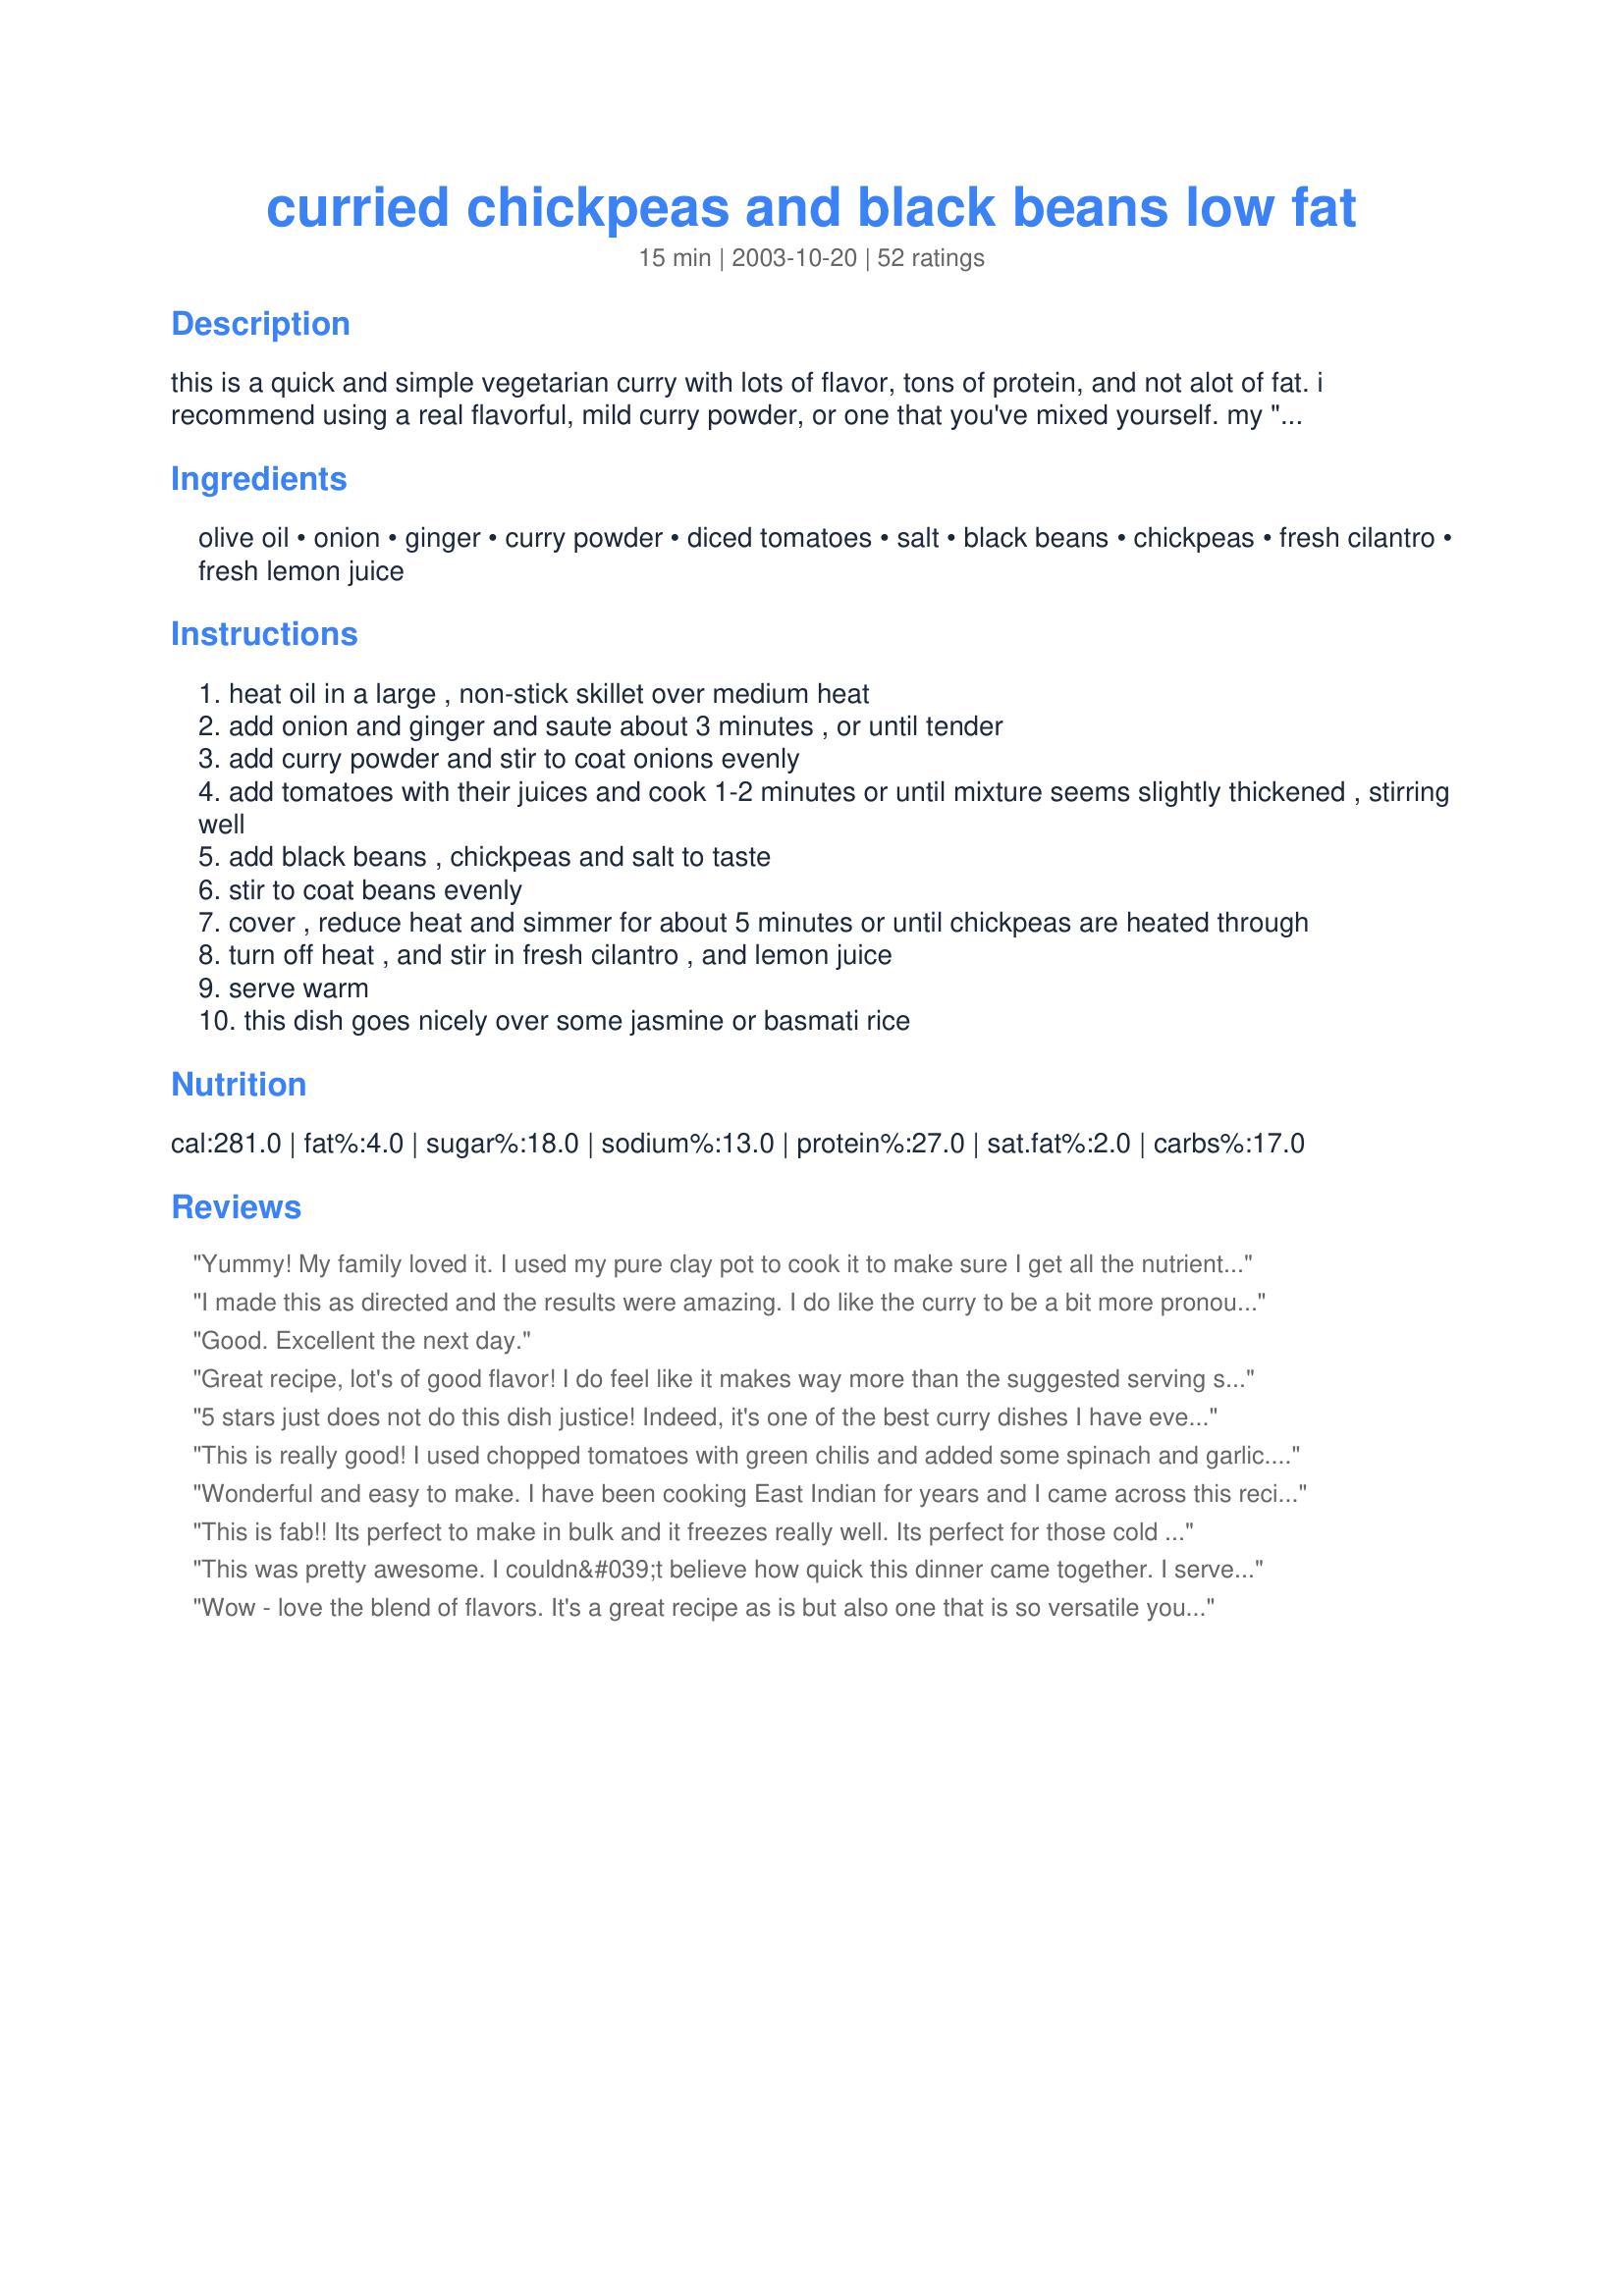
curried chickpeas and black beans low fat
Preparation time: 15 minutes

this is a quick and simple vegetarian curry with lots of flavor, tons of protein, and not alot of fat. i recommend using a real flavorful, mild curry powder, or one that you've mixed yourself. my "simple, sweet and mild curry blend" works well with this dish. however,if you do like heat, feel free to add some cayenne or crushed red pepper to suit your taste.

Ingredients:
olive oil, onion, ginger, curry powder, diced tomatoes, salt, black beans, chickpeas, fresh cilantro, fresh lemon juice

Steps:
heat oil in a large , non-stick skillet over medium heat
add onion and ginger and saute about 3 minutes , or until tender
add curry powder and stir to coat onions evenly
add tomatoes with their juices and cook 1-2 minutes or until mixture seems slightly thickened , stirring well
add black beans , chickpeas and salt to taste
stir to coat beans evenly
cover , reduce heat and simmer for about 5 minutes or until chickpeas are heated through
turn off heat , and stir in fresh cilantro , and lemon juice
serve warm
this dish goes nicely over some jasmine or basmati rice

Reviews:
Yummy! My family loved it. I used my pure clay pot to cook it to make sure I get all the nutrients from the food. The special steam locker lid seal all the nutrients in and gives healthy food and it cooks the food with far-infrared heat emitted from the walls of the pot let seasoning &amp; spices penetrate deeper giving you delicious food, perfectly cooked. I got mine from mecware.US
I made this as directed and the results were amazing. I do like the curry to be a bit more pronounced, but this blended so well with the ginger and the fresh lemon juice. I must have served smaller bowls because I did get 6 servings, enough to fill everyone up. Definately a dish worthy to repeat again. Thanks so much for sharing this recipe. :-)

Opps...I forgot the stars, for Pete's sake!! Don't forget the stars! :lol:
Good. Excellent the next day.
Great recipe, lot's of good flavor! I do feel like it makes way more than the suggested serving size though.
5 stars just does not do this dish justice! Indeed, it's one of the best curry dishes I have ever eaten. The lemon juice is the key - it finishes the dish increadibly well, and really balances the flavors of the ginger, curry, and onions. The only modification I made was to add a sweet potato, because I love the combination of curry and sweet potato. I peeled and chopped the potato into 1" cubes, and then baked the cubes for about 20-30 minutes until just tender. I then added the baked potato cubes to the pot just before the curry powder in step 3. Wow! Overall, a fabulous vegan meal, and an interesting combination of beans. Thanks for sharing!
This is really good! I used chopped tomatoes with green chilis and added some spinach and garlic. Very HOT! but sooo GOOD!!
Wonderful and easy to make. I have been cooking East Indian for years and I came across this recipe, and I am glad I did. Thank You Kozmic Blues. The only change I made is I used seven bean mix as I had no black beans. My wife loves beans and she wants this again.<br/>Wayne<br/>Nakusp, B.C.
This is fab!! Its perfect to make in bulk and it freezes really well. Its perfect for those cold winter days.. warming without being too hot. Thanks for sharing!
This was pretty awesome. I couldn&#039;t believe how quick this dinner came together. I served ours on brown rice. We&#039;ll be having this one again - thanks! &lt;br/&gt;&lt;br/&gt;p.s. I did make chicken on the side to add to this, which you may be able to see in my photo. We didn&#039;t need it, though. The husband - the I-must-have-meat eater - said this was good enough that we could have skipped the chicken!
Wow - love the blend of flavors. It's a great recipe as is but also one that is so versatile you could add your own favorites -- I included some mushrooms; it would also be good with sauteed celery. I agree with other reviews -- the lemon juice is a must.
Very good. I should have reread all the reviews and I would have remembered to add some garlic and chiles or red pepper. Just needs a little perking up.
EASY & Dee-licious!!! (my favorite combo!)
The second time ;) I made this I threw everything in the crockpot, added 2 chicken breasts & another can of tomatoes. I shredded the chicken meat when it was all done. Made the house smell fantastic! This will definately go into the rotation as it is inexpensive to boot!!! Thank you soooo much!
This is great. It is healthy, filling and under about $4 for the whole recipe! DH said "this is really good" 3 times. That is quite a compliment from him! I might like it with a spicier curry powder next time! Thanks so much Kozmic Blues...
This is very tasty! I used powdered ginger because I realized I was out of the real stuff, and rogan josh for the curry powder because it's milder and some of the members of my family aren't huge fans of the strong stuff (though I am!). At the end of cooking I mixed in some leftover cooked grains (a mixture from Trader Joes) and this was very nice. It was a tad dry, but I'm looking forward to having it for lunch.
Absolutely delicious; made it for myself and the entire family enjoyed it. Some garlic found its way into the pot, though :)
I really enjoyed this. Ate it straight with no rice but I look forward to trying it again with some rice. It was very flavorful and seemed pretty healthy! Didn't use the cilantro or parsley, and my husband threw in bottled lemon juice before I could remind him we had a fresh lemon, but still tasted wonderful in the end.
Was looking for a black bean recipe that didn't have rice in it. This was great. I added about 1/4 c. of sour cream, just a personal preference. Will definitely make this again. Thank you!
these things are awesome.... low fat and high protein....with a great indian tast....yummy lol
Tasty! I wanted mine a little thicker so I took half and blended it, then added it back in. I also added some cumin and garlic. Yum!
We loved this! I could just say "ditto" to Yogi's review because I, too, put garlic and cayenne in everything, and I forced myself to at least taste this before doing so. It was perfect just as it was. While I stuck very close to the recipe, I did do a couple things differently. First, I substituted baby butter beans for the chickpeas, just because my DH doesn't like chickpeas too well. Secondly - I made this in a crock pot! I skipped the oil and did not saute the onion or ginger, I just dumped everything but the parsley and lemon juice in, turned it on LOW, and went to work. When I got home 9 hours later, a wonderful aroma greeted me when I opened the door, followed by my husband who whispered, "I snuck some beans...And they are really good!" I put some Jasmine rice on the stove and stirred the lemon juice and parsley (along with a few extra scallions) into the beans, and we were ready. I was afraid it would get too soupy in the CP, but I guess the long cooking time for the beans thickened and balanced out any extra liquid that might've been released. Some time when I am just cooking for me, I will make it will the chickpeas (I love them), and I also think this would work out great for a potluck or buffet, especially in the crockpot. Thank you so much for such an easy and enjoyable recipe!
This was fantastic! I served it over couscous rather than rice, and it was a big hit. My only complaint was that I would have liked more sauce because it ended up a little dry. I think next time I'll use a larger can of tomatoes or maybe add a little extra water to give it more of a sauce for the rice/couscous. I'll definitely make this again!
We loved this. I added about 1/4 t. of fennel seed b/c my standard curry mix doesn't have a noticeable fennel taste, and I really liked the result. Plan to start adding a little fennel to all my curries! In addition to agreeing with all to positive reviews on the ease and great taste of this recipe, I want to point out that it looks beautiful on the plate, too. Good enoough for company. I served it with plenty of bulgar and it was a big hit with my family, who are starting to look forward to Meatless Monday!
Very tasty! I have been looking for bean/veggie dishes for my DASH diet and this one is a great one. I did add some carrots. Next time I will remember the lemon juice.
This is quick and simple with lots of flavour. I added extra curry and then added more hot sauce when I plated it up. Served over basmati it makes a great vegetarian meal. A nice change for meat lovers too.
This is really delicious! I've made this twice now both times following the recipe exact using all parsley instead of cilantro. The fresh parsley and lemon juice give it wonderful flavor. I love curries, but most of my friends I cook for can't handle the heat the way I can. This tastes so good without the heat that I won't be tempted to spice it up! Thanks for another great recipe!
Love the fact that it's low fat, it has a lot of flavor, I did add fresh minced garlic and added goya's sazón completo instead of salt, I added fresh tomatoes and mushrooms! Only had lime's so I used that juice instead!
I wanted to adore this recipe, but as written I found it just so so. I admit to loving spicy curries, so I had to adjust a good bit. I wound up using about 1-1/2 Tablespoons of curry powder, plus about 1/4 tsp cayenne, PLUS a good Tablespoon of a spicy Vindaloo curry paste. Even then it was only mildly spicy for me. <br/>I love the fact it's vegetarian and low fat. I try to do several meatless meals a week. I'll make it again probably, as it's also an economical meal.
I love chickpeas and curries, so I was happy when I saw this recipe! I basically followed the directions except used a tablespoon of hot curry paste instead of powder, added garlic, and omitted the cilantro (dont like it). I ate it with couscous mixed in, mm!. I'll be making this one again!
I love the ease of preparation and the relative healthiness of this dish. I never have ginger on hand, so I always use garlic, but it seems to turn out just fine. I've always made it with some kind of meat on the side, mainly just b/c of DH, but it's great by itself w/ rice and salad. Thanks for sharing your recipe - it's a new favorite of ours!
Very easy and delicious. Thanks for posting!!
I totally forgot to add the lemon juice, but I don't know that it would have necessarily made this dish any better. Indian food is probably my favorite genre of food, so I make it often. Very few of my dishes ever turn out as well as in a restaurant, though. Most recipes I've tried before are decent and I would make them again, but this one blows them all away! This is definitely my new fave curry recipe. Served with recipe #385600
We absolutely loved this. The flavor is the perfect blend of everything good. We eat mostly vegetarian and it has been a challenge for me to find low fat recipes that taste good. This has gone in my permanent file and every other week recipe rotation
Delicious! Quick and easy. What more could a person want? I did use a spicy curry powder with chile, so the finished meal had a little heat, and I used parsley, which seemed fine. I do want to use cilantro next time, and I will add in more ginger because its flavor seemed to get lost a bit. Anyways, this will now be a regular in my cooking repertoire.
Easy to make and yummy!
Great, easy & quick vegetarian recipe. We're not veggies, but we're trying to lose our pregnancy weight (myself AND DH, lol). I followed the recipe exactly, except using bottled lemon juice because it's all I had. Will definitely make again, thanks K B!
Easy to prepare and delicious! Thanks for sharing.
I made this for dinner tonight, and found it to be quite easy, relatively quick, and very tasty! :) Would definitely make this again. Thanks for sharing!
I'm not even sure where to begin loving this recipe. It's super frugal, super yummy, super healthy, and super easy. I love that it can be kicked up a little hotter or kept toned down a little milder. The cilantro and lemon really added a beautiful and yummy touch, too. Over rice, this was pure heaven, a real keeper that I will be making many times more, I'm sure. Thank you for an excellent recipe!
I made this last night and what a lovely surpirse for such few ingredients. It is so simple to make and is bursting with flavour and I also love the texture of the chickpeas with the black beans. I just served this over white rice. It was absolutely delicious. Thanks.
My cousin hates everything and he was going to eat mac & cheese. He decided to try this and said this is a make again!
Excellent! The lemon juice and cilantro at the end were just perfect! Both my husband and I loved it....and I can't wait to try it out on my vegan son.

I added 1/8t fennel and 1/2 cup of water....but no other changes. Thanks so much for sharing it!
Just as described; quick, simple and tasty! I love that this uses items that I almost always have in the house. I made this as written, using both the cilantro and the parsley. The fresh lemon juice was a great finishing touch. Thanx for posting this!
Really enjoyed this! I did add a lot of veggies - celery, fennel bulb, mushrooms, leeks, kale. Only because I had them in the fridge. The simplicity of the recipe gave me the confidence to add them. Definitely a keeper! Thank you, Kozmic Blues!
A quick and easy dish that's oh so yummy. I served it with coconut and mango chutney as condiments.
fantastic recipe. easy, delicious. unique fresh tasting flavor. it's got a kick to it without the spiciness being overbearing. this will probly become a recipe staple for us.
This was fabulous and so easy to make. I used all dried or bottled ingredients and it turned out wonderful. I also added cayenne pepper to give it a kick. Delicious!
I could eat the whole pot! Hubby and I finished it in one sitting. Made a double batch within the week so I could finish using up the lemon and cilantro. I added a few cloves of chopped garlic, frozen spinach, and added sour cream before serving. You can leave it out when cooking in case someone prefers it without.
Very good and so simple. Like the others I added garlic (3 small cloves minced) and also some spinach leaves and the canned tomatoes I used were "chipotle" flavor so they added some much needed heat. I'll make this again, but I think I'll use half a can of chickpeas and extra black beans (just a personal taste preference). Very good!!
Tasty, easy and very colorful; the flavors blended well and were more pronounced the next day...4+ stars! We use a lot of chickpeas and a lot of black beans but I confess I'd never thought of combining them, let alone making them into a curry. Great to have a new and unique way to serve up the omnipresent beans, lol...thanks! :o)
This has such a fantastic blend of flavors... ginger, curry, and onion. The tomato, lemon and cilantro (one of my favs!) topped it off perfectly. I was thinking I should add garlic or cayenne but it is perfect as is! That's a rare thing for me to say because I use cayenne like most folks use black pepper. The only change I made was to omit the chickpeas, but only because I went to the pantry for them and they weren't there! I will definitley be making this over and over, WITH both beans next time!!!
this was so tasty! i used both fresh ginger & fresh garlic...and "hot madras curry powder" from mccormick. i ended up adding more curry powder (we like it spicy)...and 1 more can of tomatoes b/c i thought it needed more juice. i wouldn't add the additional tomatoes again, though. anywho, this was awesome. i've never cooked anything with curry powder before...AND we had last minute company join us. everyone loved it (me = greek, hubby = italian, company = puerto rican). delish!
DELICIOUS! This is so similar to a chickpea curry that I already make, minus the black beans, and with an addition of garlic. 
I increased the amount of curry powder to our tastes and I had to use fresh tomatoes as I didnt have any canned available! The lemon juice is essential! 
Such a quick and delicious dish! Thanks becky! We loved it!
